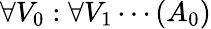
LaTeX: \forall V_{0}:\forall V_{1}\cdots(A_{0})